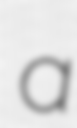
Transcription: a